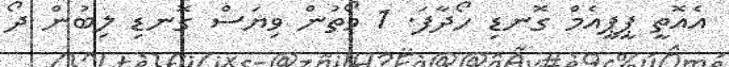
އެއޮތީ ޕީޕީއެމް ގޮނޑި ހޯދާފަ. 1 ވޯތުން ވިޔަސް ގޮނޑި ލިބުން ދޯ